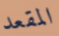
المقعد